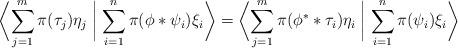
LaTeX: \begin{align*} \biggl< \sum_{j=1}^m \pi(\tau_j)\eta_j \biggm| \sum_{i=1}^n \pi(\phi*\psi_i)\xi_i \biggr> = \biggl< \sum_{j=1}^m \pi(\phi^**\tau_i)\eta_i \biggm| \sum_{i=1}^n \pi(\psi_i)\xi_i \biggr> \end{align*}